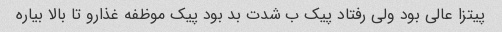
پیتزا عالی بود ولی رفتاد پیک ب شدت بد بود پیک موظفه غذارو تا بالا بیاره